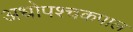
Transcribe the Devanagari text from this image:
अधोपश्चकपाल